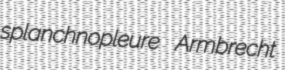
splanchnopleure Armbrecht